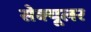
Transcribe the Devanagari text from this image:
सेक्यूलर